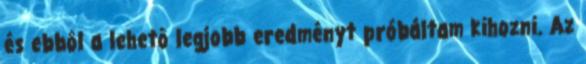
és ebbôl a lehetô legjobb eredményt próbáltam kihozni. Az